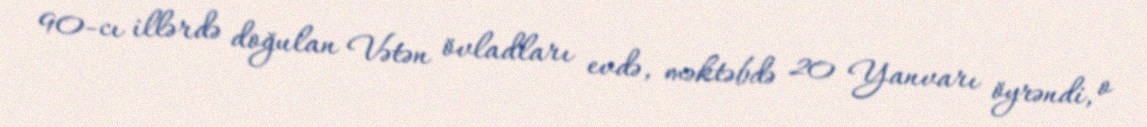
90-cı illərdə doğulan Vətən övladları evdə, məktəbdə 20 Yanvarı öyrəndi, o